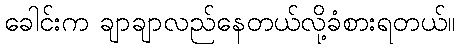
ခေါင်းက ချာချာလည်နေတယ်လို့ခံစားရတယ်။